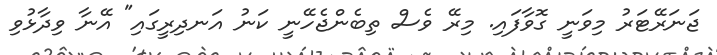
ޖަނަރޭޓަރު މިވަނީ ގޮވާފައި. މިރޭ ވެސް ތިބެންޖެހޭނީ ކަނު އަނދިރީގައި" އޭނާ ވިދާޅުވި